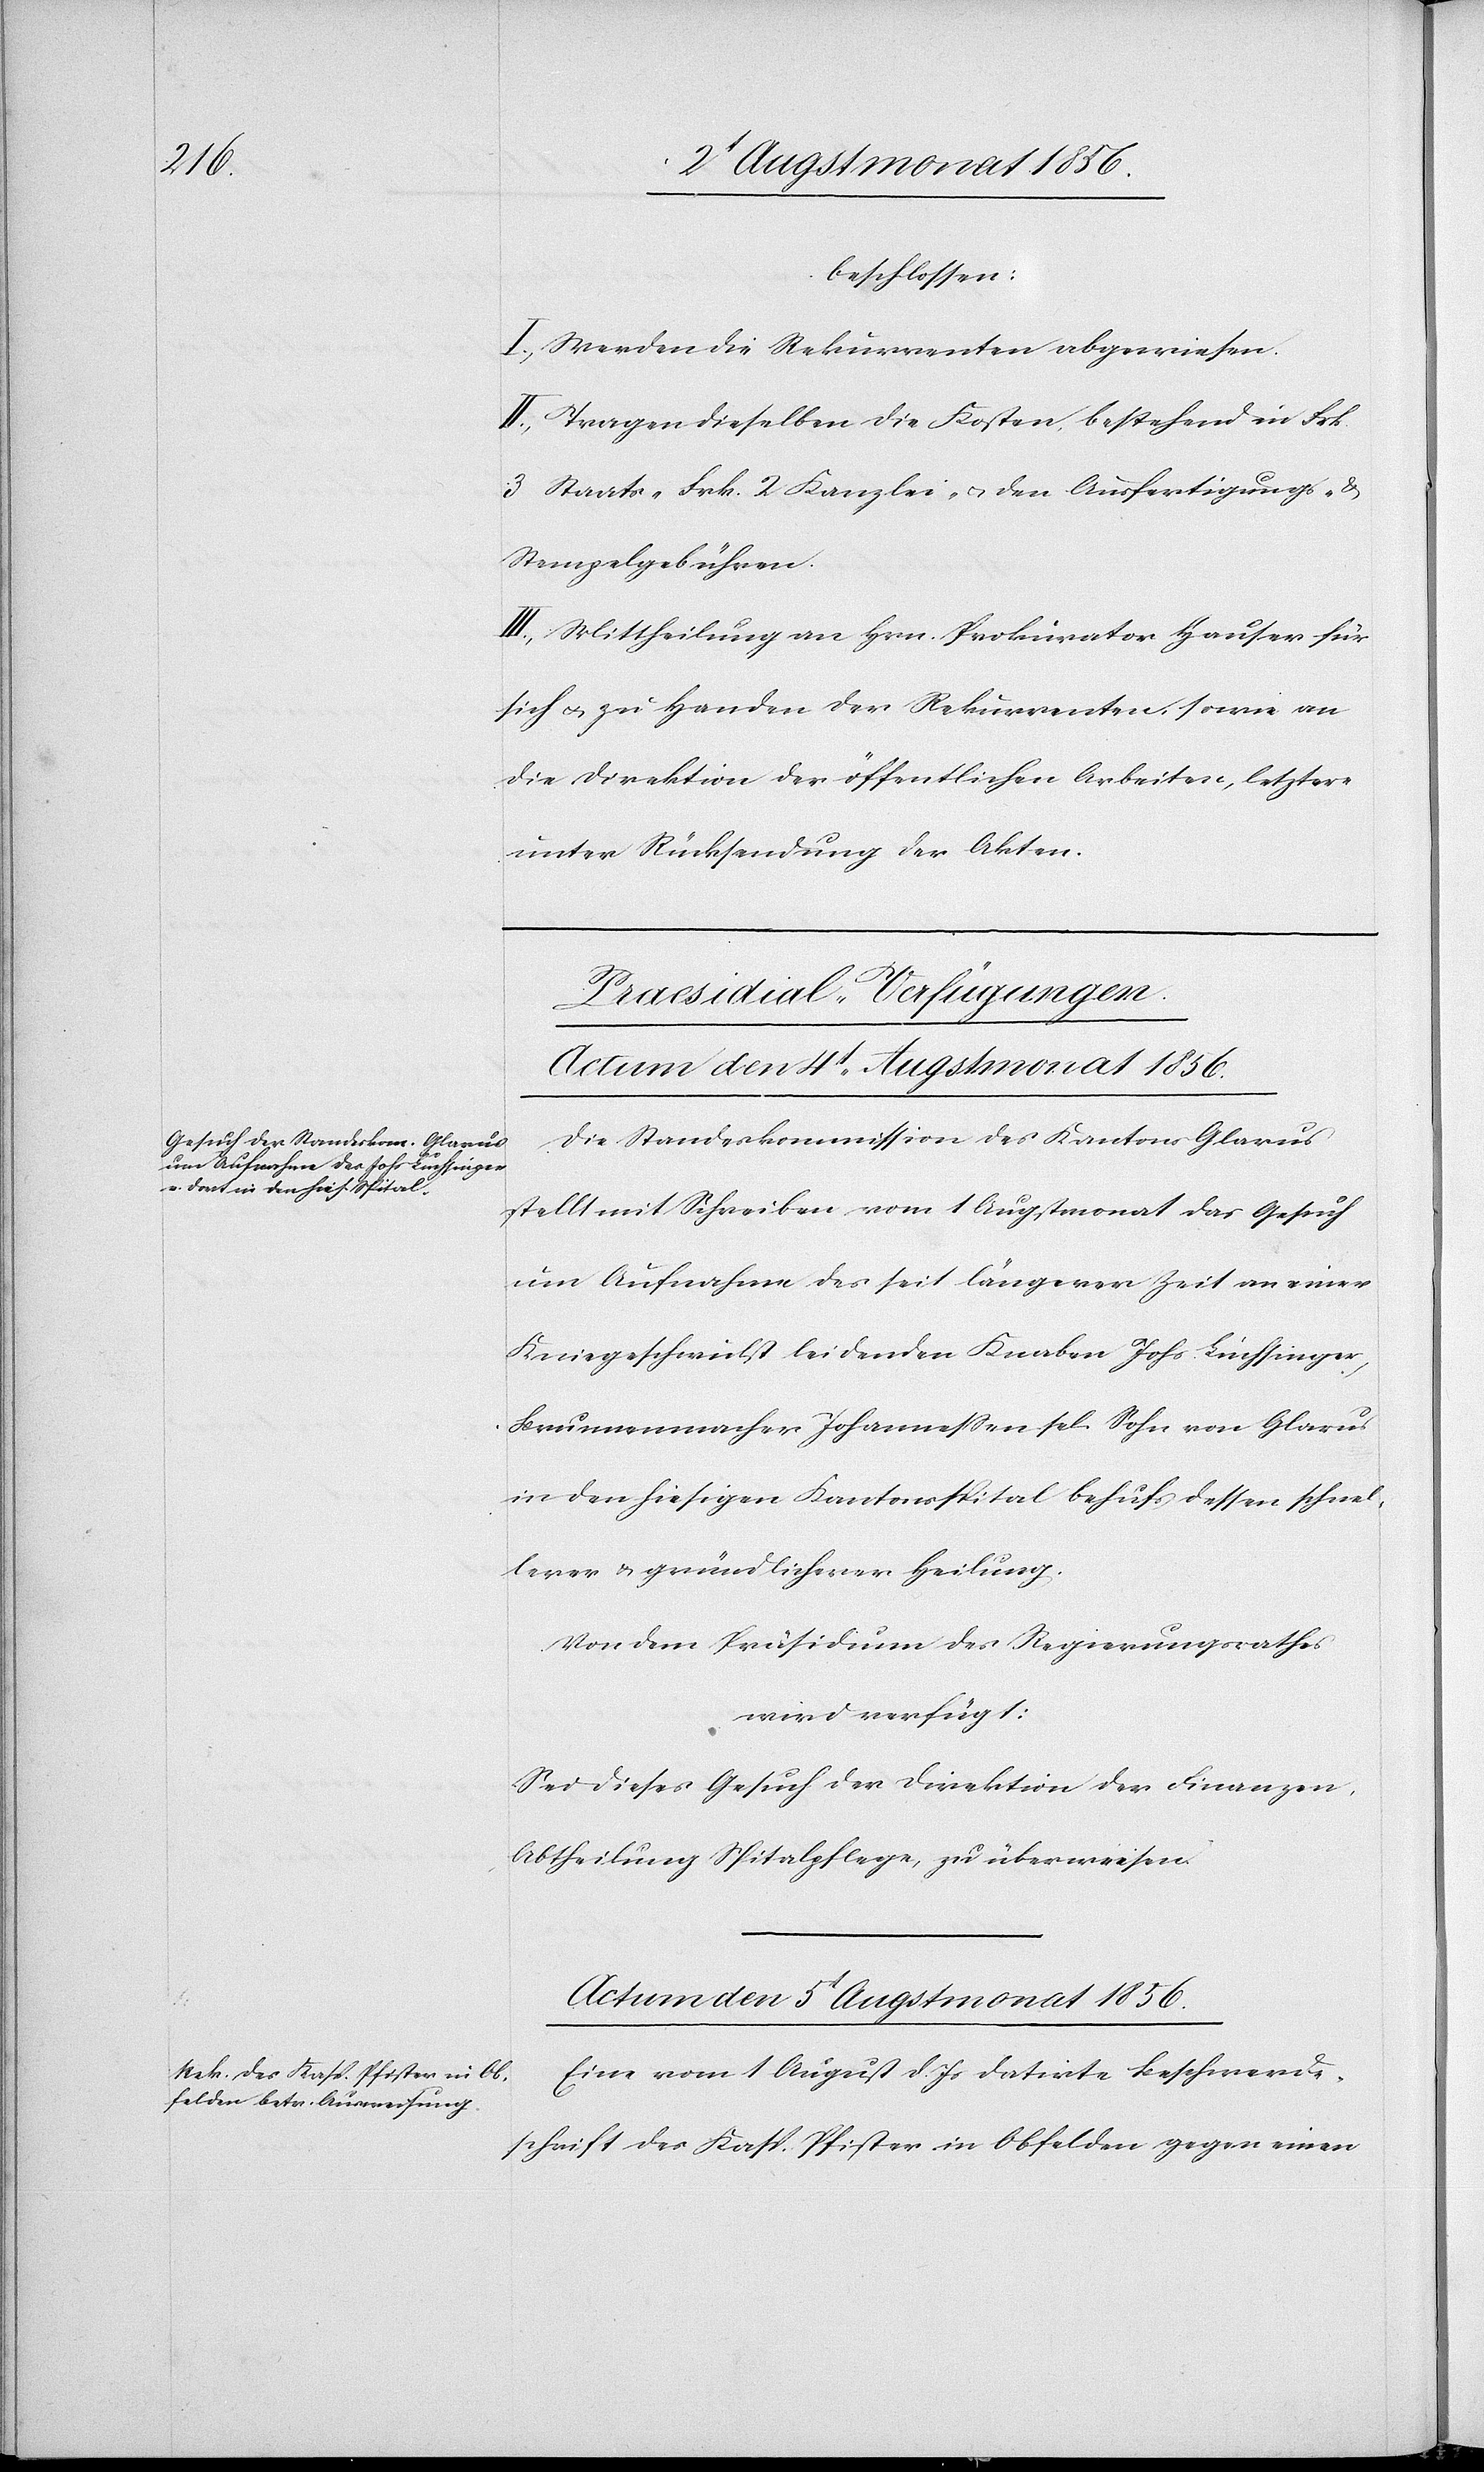
beschlossen:
I.) Werden die Rekurrenten abgewiesen.
II.) Tragen dieselben die Kosten, bestehend in Frk.
3 Staats-[,] Frk. 2 Kanzlei- u. den Ausfertigungs- &
Stempelgebühren.
III.) Mittheilung an Hrn. Prokurator Hauser für
sich u. zu Handen der Rekurrenten sowie an
die Direktion der öffentlichen Arbeiten, letztere
unter Rücksendung der Akten.
[Praesidial-Verfügungen.]
Die Standeskommission des Kantons Glarus
stellt mit Schreiben vom 1 Augstmonat das Gesuch
um Aufnahme des seit längerer Zeit an einer
Kniegeschwulst leidenden Knaben Johs. Luchsinger,
Brunnenmacher Johannessen sel. Sohn von Glarus
in den hiesigen Kantonsspital behufs dessen schnel¬
lerer & gründlicherer Heilung.
Von dem Präsidium des Regierungsrathes
wird verfügt:
Sei dieses Gesuch der Direktion der Finanzen,
Abtheilung Spitalpflege, zu überweisen.
Actum den 5t Augstmonat 1856.
Eine vom 1 August d. Js datirte Beschwerde¬
schrift des Kasp. Pfister in Obfelden gegen einen